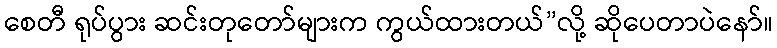
စေတီ ရုပ်ပွား ဆင်းတုတော်များက ကွယ်ထားတယ်”လို့ ဆိုပေတာပဲနော်။